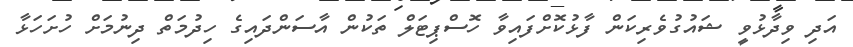
އަދި ވިދާޅުވީ ޝައުގުވެރިކަން ފާޅުކޮށްފައިވާ ހޮސްޕިޓަލް ތަކުން އާސަންދައިގެ ހިދުމަތް ދިނުމަށް ހުށަހަޅާ